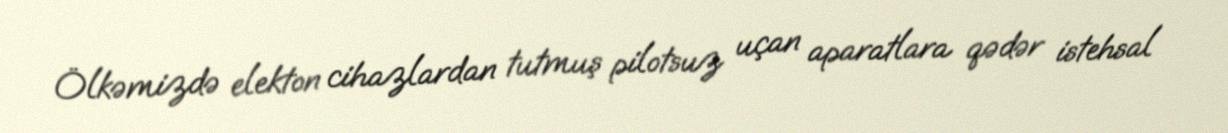
Ölkəmizdə elekton cihazlardan tutmuş pilotsuz uçan aparatlara qədər istehsal